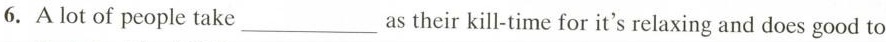
6. A lot of people take ___ as their kill-time for it's relaxing and does good to